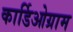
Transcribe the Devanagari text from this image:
कार्डिओग्राम